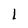
Character: l